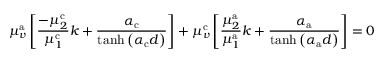
\mu _ { v } ^ { \mathrm { a } } \left[ \frac { - \mu _ { 2 } ^ { \mathrm { c } } } { \mu _ { 1 } ^ { \mathrm { c } } } k + \frac { \alpha _ { \mathrm { c } } } { \operatorname { t a n h } \left( \alpha _ { \mathrm { c } } d \right) } \right] + \mu _ { v } ^ { \mathrm { c } } \left[ \frac { \mu _ { 2 } ^ { \mathrm { a } } } { \mu _ { 1 } ^ { \mathrm { a } } } k + \frac { \alpha _ { \mathrm { a } } } { \operatorname { t a n h } \left( \alpha _ { \mathrm { a } } d \right) } \right] = 0